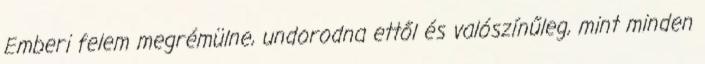
Emberi felem megrémülne, undorodna ettől és valószínűleg, mint minden